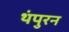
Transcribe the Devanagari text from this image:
थंपुरन